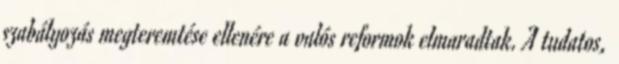
szabályozás megteremtése ellenére a valós reformok elmaradtak. A tudatos,